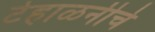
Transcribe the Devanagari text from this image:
टेहाळनीचे